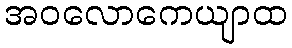
အဝလောကေယျာထ